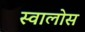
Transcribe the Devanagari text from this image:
स्वालोस